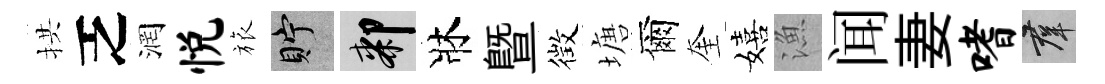
拱乏润悦旅貯膝牀暨徴塘爾奎嬉漁闻妻嗜群